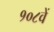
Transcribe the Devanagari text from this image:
१०८वें